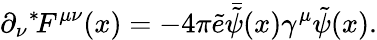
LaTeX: \partial_{\nu}{}^{*}\! F^{\mu\nu}(x)=-4\pi\tilde{e}\bar{\tilde{\psi}}(x)\gamma^{\mu}\tilde{\psi}(x).